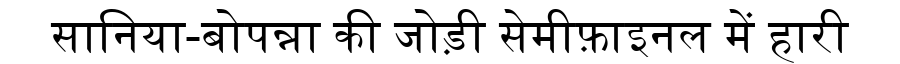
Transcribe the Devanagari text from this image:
सानिया-बोपन्ना की जोड़ी सेमीफ़ाइनल में हारी